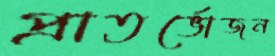
প্রাতর্ভোজন